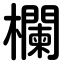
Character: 欄